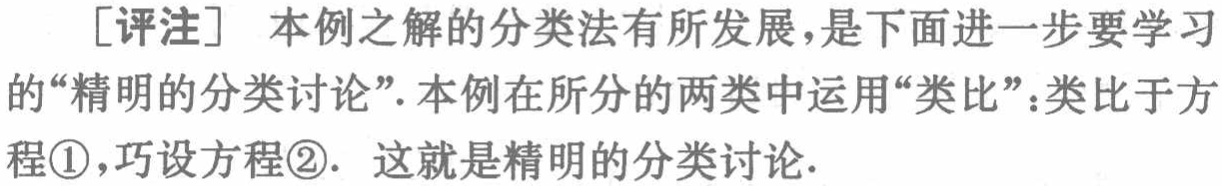
[评注] 本例之解的分类法有所发展，是下面进一步要学习的“精明的分类讨论”. 本例在所分的两类中运用“类比”：类比于方程\textcircled{1}，巧设方程\textcircled{2}. 这就是精明的分类讨论.